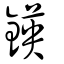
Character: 鍈